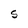
Character: S